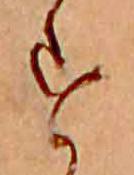
す